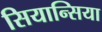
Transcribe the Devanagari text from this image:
सियान्सिया